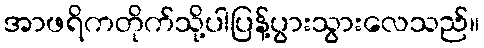
အာဖရိကတိုက်သို့ပါပြန့်ပွားသွားလေသည်။